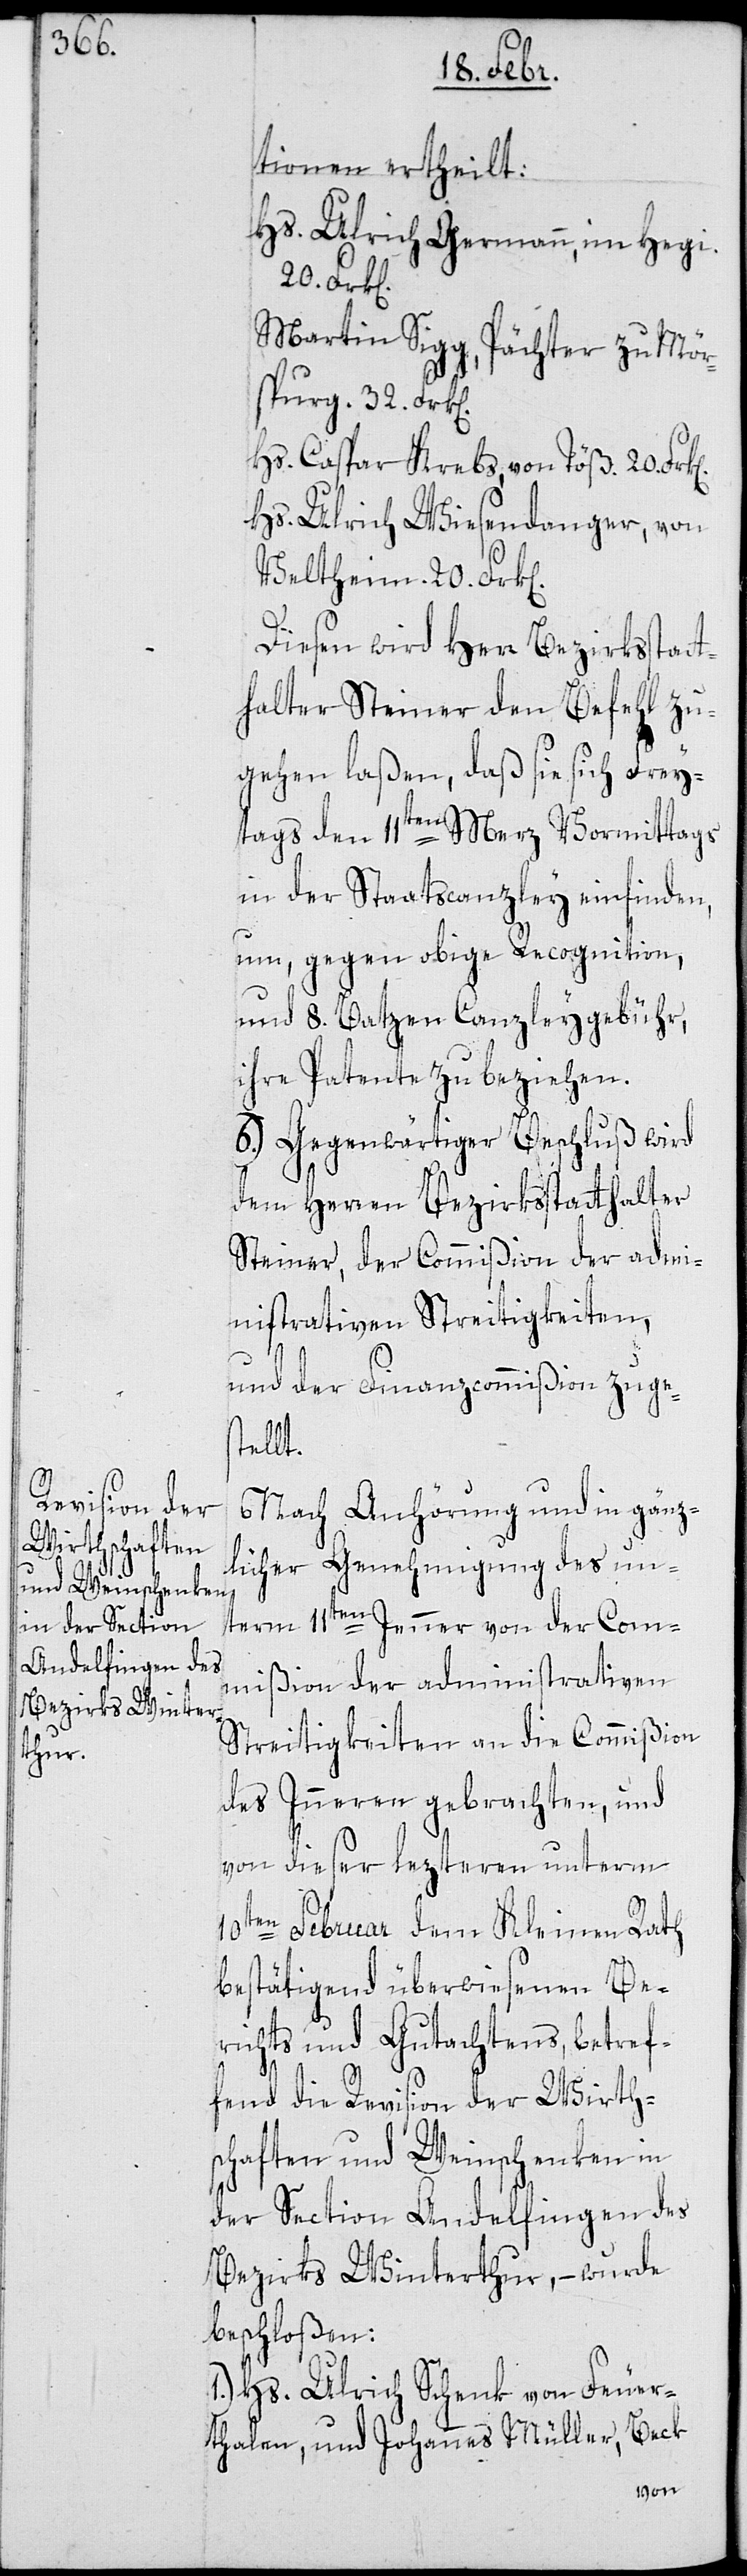
tionen ertheilt:
Hs. Ulrich Germann, im Hegi,
Martin Sigg, Pächter zu Mör¬
spurg, 32. Frk[e¬
Hs. Caspar Krebs, von Töß, 20.
Hs. Ulrich Wiesendanger, von
Veltheim, 20. Frk[e¬
Diesen wird Herr Bezirksstat¬
thalter Steiner den Befehl zu¬
gehen laßen, daß sie sich Frey¬
tags den 11ten Merz Vormittags
in der Staatscanzley einfinden,
um gegen obige Recognition
und 8. Batzen Canzleygebühr,
ihre Patente zu beziehen.
6.) Gegenwärtiger Beschluß wird
dem Herren Bezirksstatthalter
Steiner, der Commißion der admi¬
nistrativen Streitigkeiten
und der Finanzkommmißion zuges¬
tellt.
Nach Anhörung und in gänz¬
licher Genehmigung des un¬
term 11ten Jenner von der Com¬
mißion der administrativen
Streitigkeiten an die Commißion
n].
des Inneren gebrachten, und
von dieser lezteren unterm
10ten Februar dem Kleinen Rath
bestätigend überwiesenen Be¬
richts und Gutachtens, betref¬
fend die Revision der Wirth¬
schaften und Weinschenken in
der Section Andelfingen des
Bezirks Winterthur, – wurde
beschloßen:
1.) Hs. Ulrich Schenk von Feuer¬
halen, und Johannes Müller, Beck